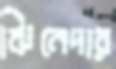
ঝিনেদার